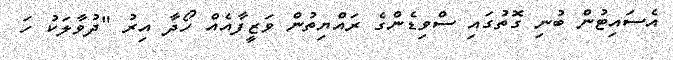
އެސައިޓުން ބުނި ގޮތުގައި ސްވިޑެންގެ ރައްޔިތުން ވަޒީފާއެއް ހޯދާ އިރު "ދުވާލަކު ހަ